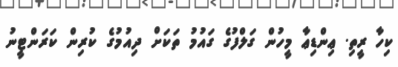
ކިހާ ރީތި. ޢިންޑިޢާ މީހުން ގަލްފުގެ ގައުމު ތަކަށް ދިއުމުގެ ކުރިން ކަރަންޓީނު